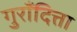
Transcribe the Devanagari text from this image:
गुराँदित्ता